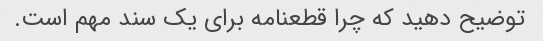
توضیح دهید که چرا قطعنامه برای یک سند مهم است.